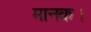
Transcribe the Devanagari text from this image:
मानक।